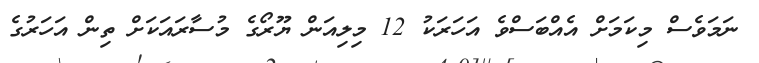
ނަމަވެސް މިކަމަށް އެއްބަސްވެ އަހަރަކު 12 މިލިއަން ޔޫރޯގެ މުސާރައަކަށް ތިން އަހަރުގެ